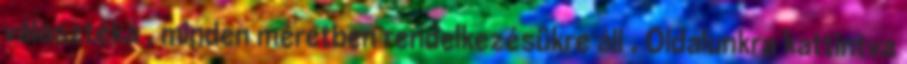
választéka , minden méretben rendelkezésükre áll . Oldalunkra kattintva